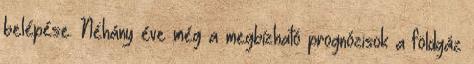
belépése. Néhány éve még a megbízható prognózisok a földgáz